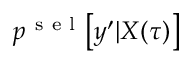
p ^ { \mathrm { ~ s ~ e ~ l ~ } } \bigl [ y ^ { \prime } | X ( \tau ) \bigr ]